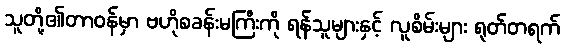
သူတို့၏တာဝန်မှာ ဗဟိုစခန်းမကြီးကို ရန်သူများနှင့် လူစိမ်းများ ရုတ်တရက်